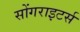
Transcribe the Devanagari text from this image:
सोंगराइटर्स